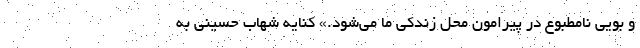
و بویی نامطبوع در پیرامون محل زندکی ما می‌شود.» کنایه شهاب حسینی به